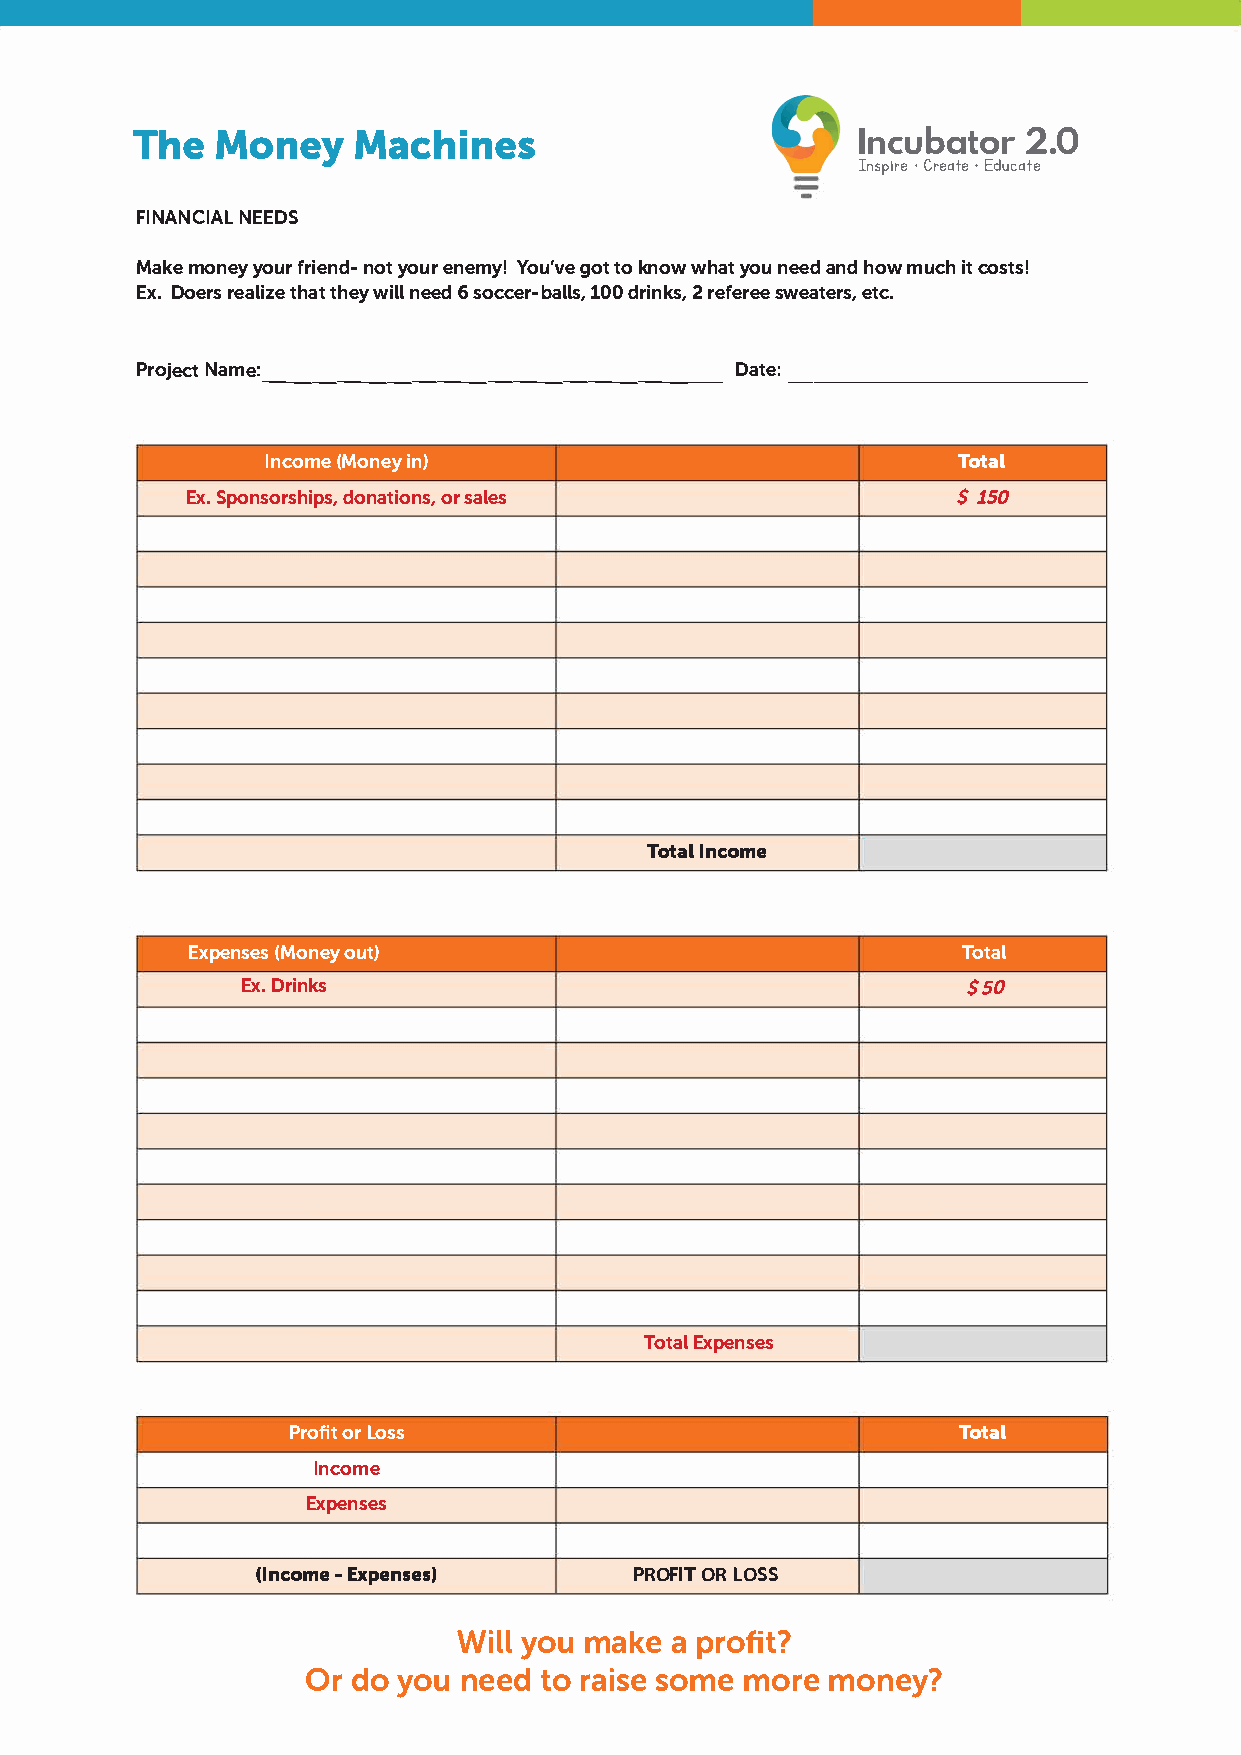
TheM    oneMya     chines                       Incubator            2.0
 Insp·iC rree a·tE ed ucate
 FINANNCEIEADLS
 Makmeo neyyo ufrr iennoydto- uern emYyo!u 'gvotetok nowwh ayto nue eadn hdo wm ucihct o sts!
 ExD.o erresa ltihtzahete w yin lele 6ds occer1-0bd0ar liln2srk ,es f,e srweeea teetrcs.,
 PreocjNta m:_e __ ___ ___ ___ ___ __ _  Dat-e-:----------
 Inco(mMeo nieny)                              Total
 ExS.p onsordsohniaptosirs,o a nlse,s               $150
 TotaIln come
 Expen(sMeosno euyt )                                Total
 ExD.r inks                                      $50
 TotEaxlp e nses
 ProofirLt o ss                              Total
 Income
 Expenses
 (Inc-oEmxep enses)       PROFIT   OR  LOSS
 Wilylo   um akaep rofit?
 Ord  oy oun eetdor  aissoem  meo rmeo  ney?